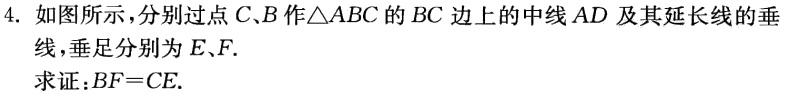
4. 如图所示，分别过点\(C\)、\(B\)作\(\triangle ABC\)的\(BC\)边上的中线\(AD\)及其延长线的垂线，垂足分别为\(E\)、\(F\).
求证：\(BF = CE\).